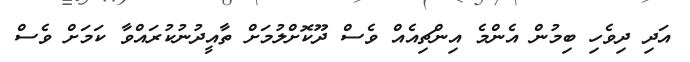
އަދި ދިވެހި ބިމުން އެންމެ އިންޗިއެއް ވެސް ދޫކޮށްލުމަށް ތާއީދުނުކުރައްވާ ކަމަށް ވެސް